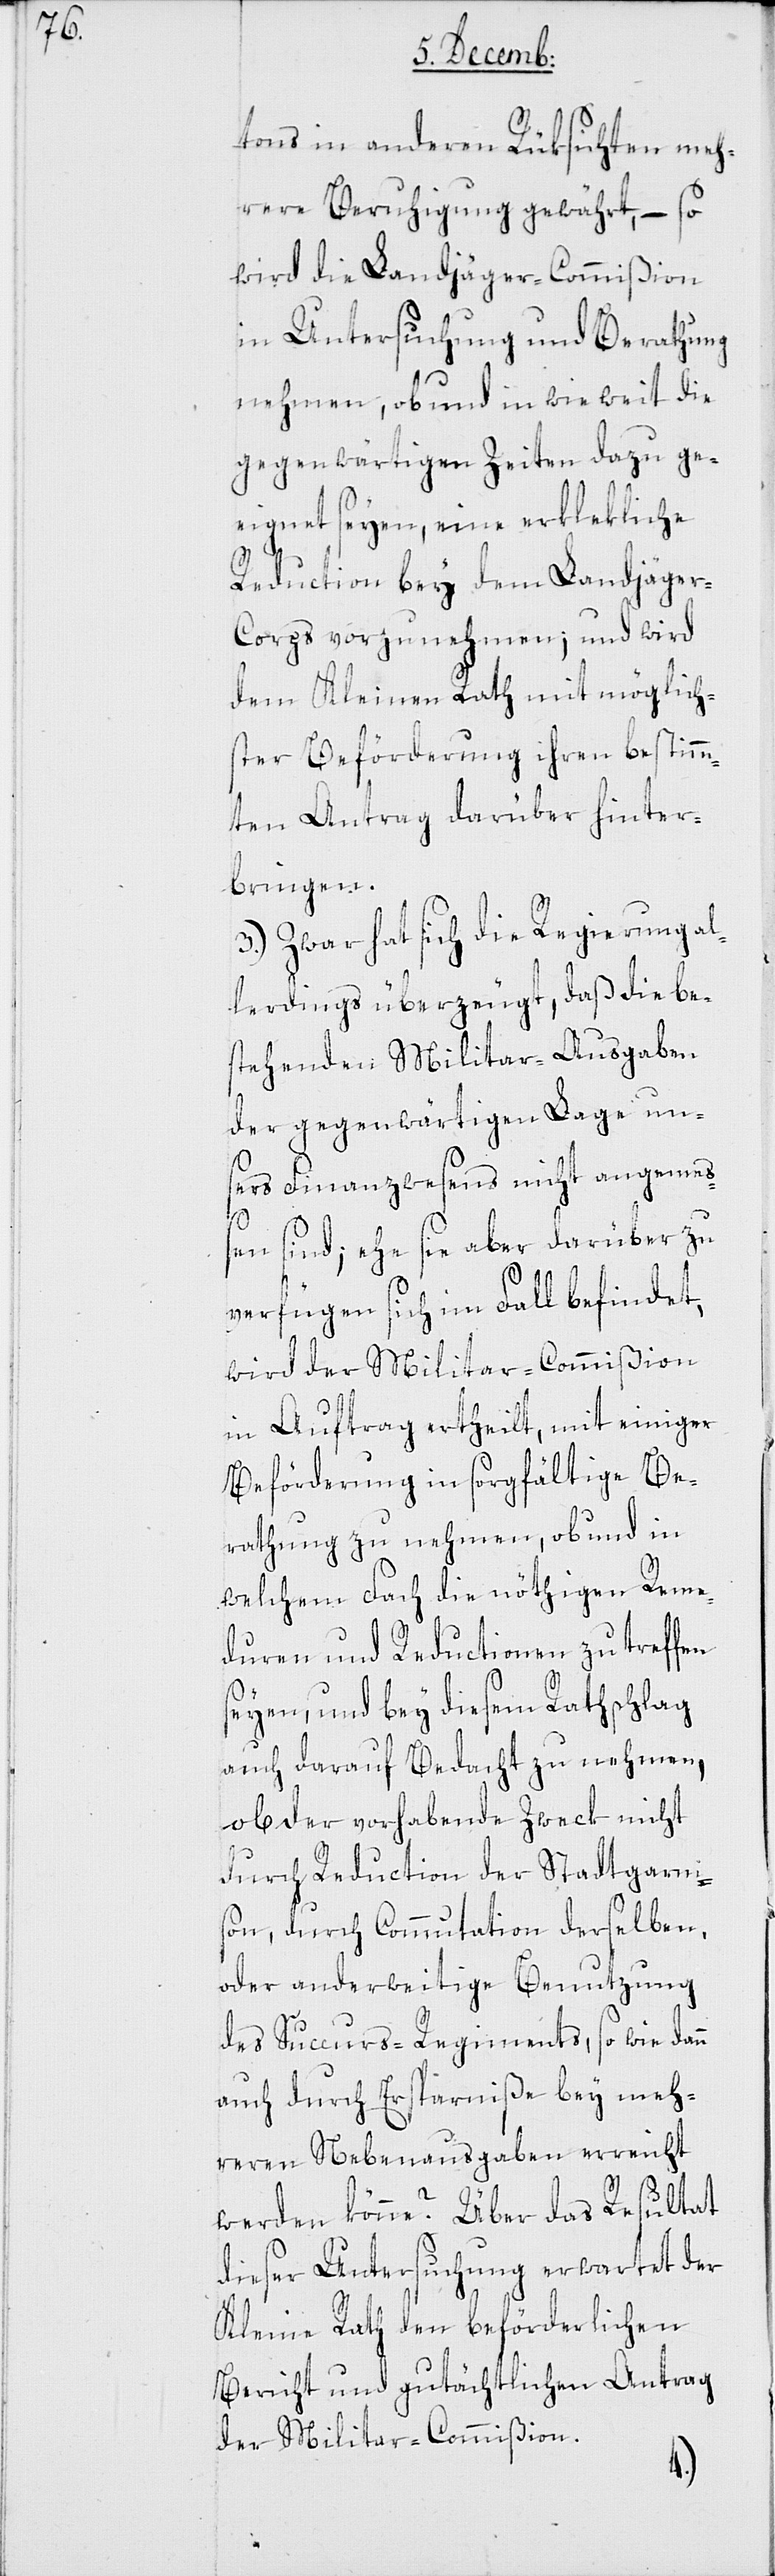
tons in anderen Rüksichten meh¬
rere Beruhigung gewährt, – so
wird die Landjäger-Commißion
in Untersuchung und Berathung
nehmen, ob und in wie weit die
gegenwärtigen Zeiten dazu ge¬
eignet seyen, eine erklekliche
Reduction bey dem Landjäge¬
r-Corps vorzunehmen; und wird
dem Kleinen Rath mit möglich¬
ster Beförderung ihren bestimm¬
ten Antrag darüber hinter¬
bringen.
3.) Zwar hat sich die Regierung al¬
lerdings überzeugt, daß die be¬
stehenden Militar-Ausgaben
der gegenwärtigen Lage un¬
sers Finanzwesens nicht angemeß¬
en sind; ehe sie aber darüber zu
verfügen sich im Fall befindet,
wird der Militar-Commißion
in Auftrag ertheilt, mit einiger
Beförderung in sorgfältige Be¬
rathung zu nehmen, ob und in
welchem Fach die nöthigen Reme¬
duren und Reductionen zu treffen
seyen, und bey diesem Rathschlag
auch darauf Bedacht zu nehmen,
ob der vorhabende Zweck nicht
durch Reduction der Stadtgarnis¬
on, durch Commutation derselben,
oder anderweitige Benutzung
des Succurs-Regiments, sowie dann
auch durch Ersparniße bey meh¬
reren Nebenausgaben erreicht
werden könne? Über das Resultat
dieser Untersuchung erwartet der
Kleine Rath den beförderlichen
Bericht und gutächtlichen Antrag
der Militarcommißion.